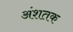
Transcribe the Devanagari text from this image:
अंशतक